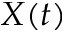
X ( t )